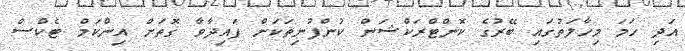
އަދި ހަމަ މިހާލަތުގައި ބޭރުގެ ކޮންޓްރަކްޝަން ކުންފުނިތަކަށް ފައިދާވާ ގޮތަށް އިންކަމް ޓެކްސް